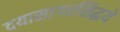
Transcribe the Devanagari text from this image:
दयासागरसिद्धये